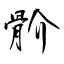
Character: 骱